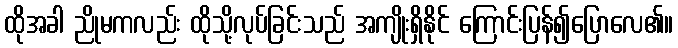
ထိုအခါ ညိုမကလည်း ထိုသို့လုပ်ခြင်းသည် အကျိုးရှိနိုင် ကြောင်းပြန်၍ပြောလေ၏။